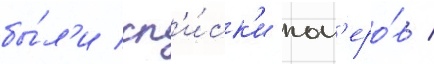
бы́л'и сп'и́ск'и ном'еро́в /